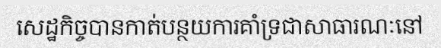
សេដ្ឋកិច្ចបានកាត់បន្ថយការគាំទ្រជាសាធារណៈនៅ